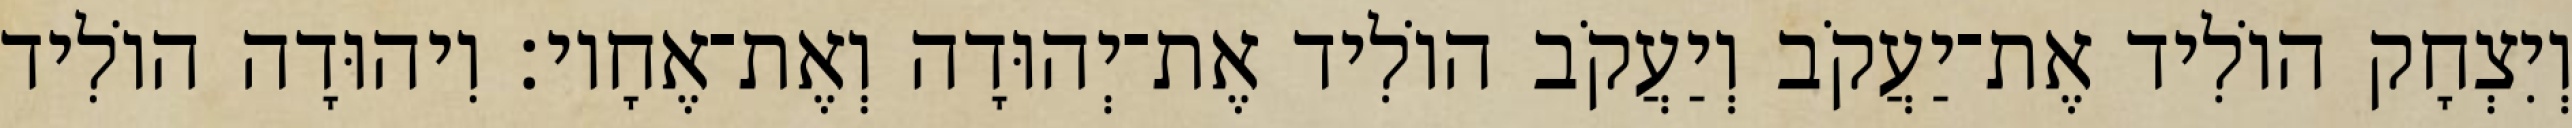
וְיִצְחָק הוֹלִיד אֶת־יַעֲקֹב וְיַעֲקֹב הוֹלִיד אֶת־יְהוּדָה וְאֶת־אֶחָיו׃ וִיהוּדָה הוֹלִיד